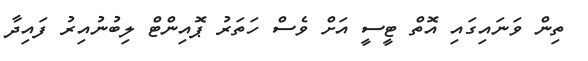
ތިން ވަނައިގައި އޮތް ޓީސީ އަށް ވެސް ހަތަރު ޕޮއިންޓް ލިބުނުއިރު ފައިދާ